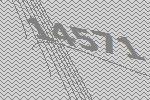
14571